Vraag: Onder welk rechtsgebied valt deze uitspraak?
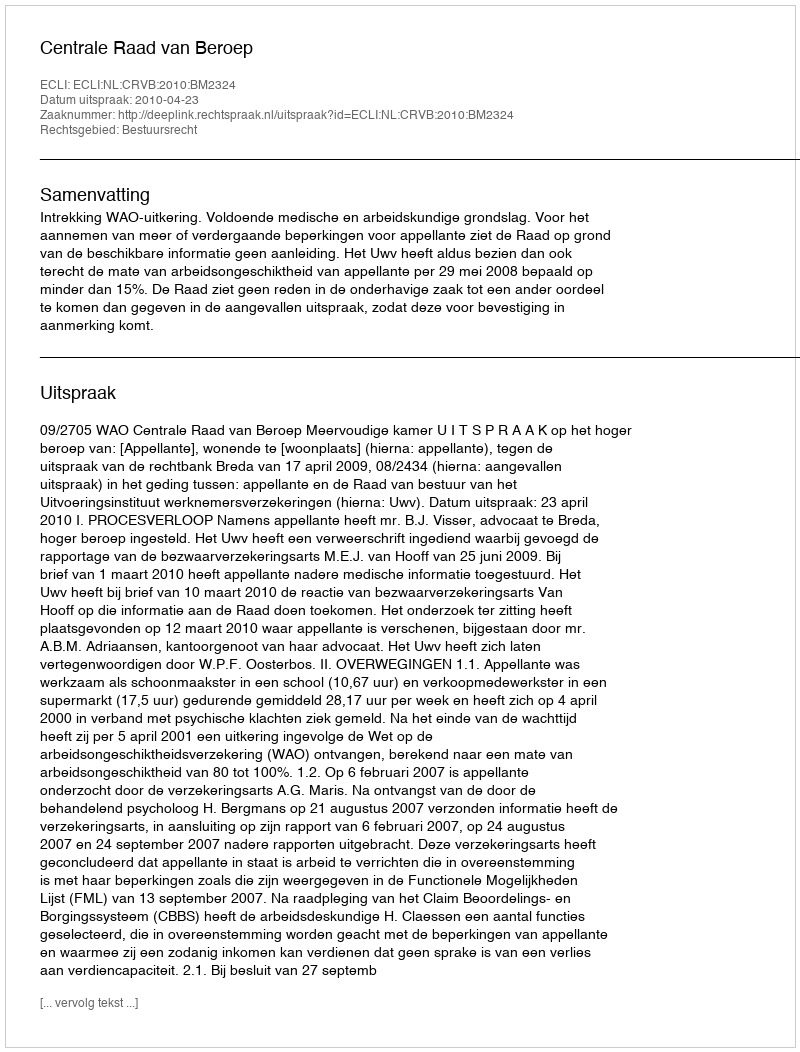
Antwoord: Bestuursrecht